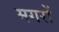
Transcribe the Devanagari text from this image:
मगरों